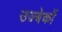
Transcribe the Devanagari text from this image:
उज्बेकों